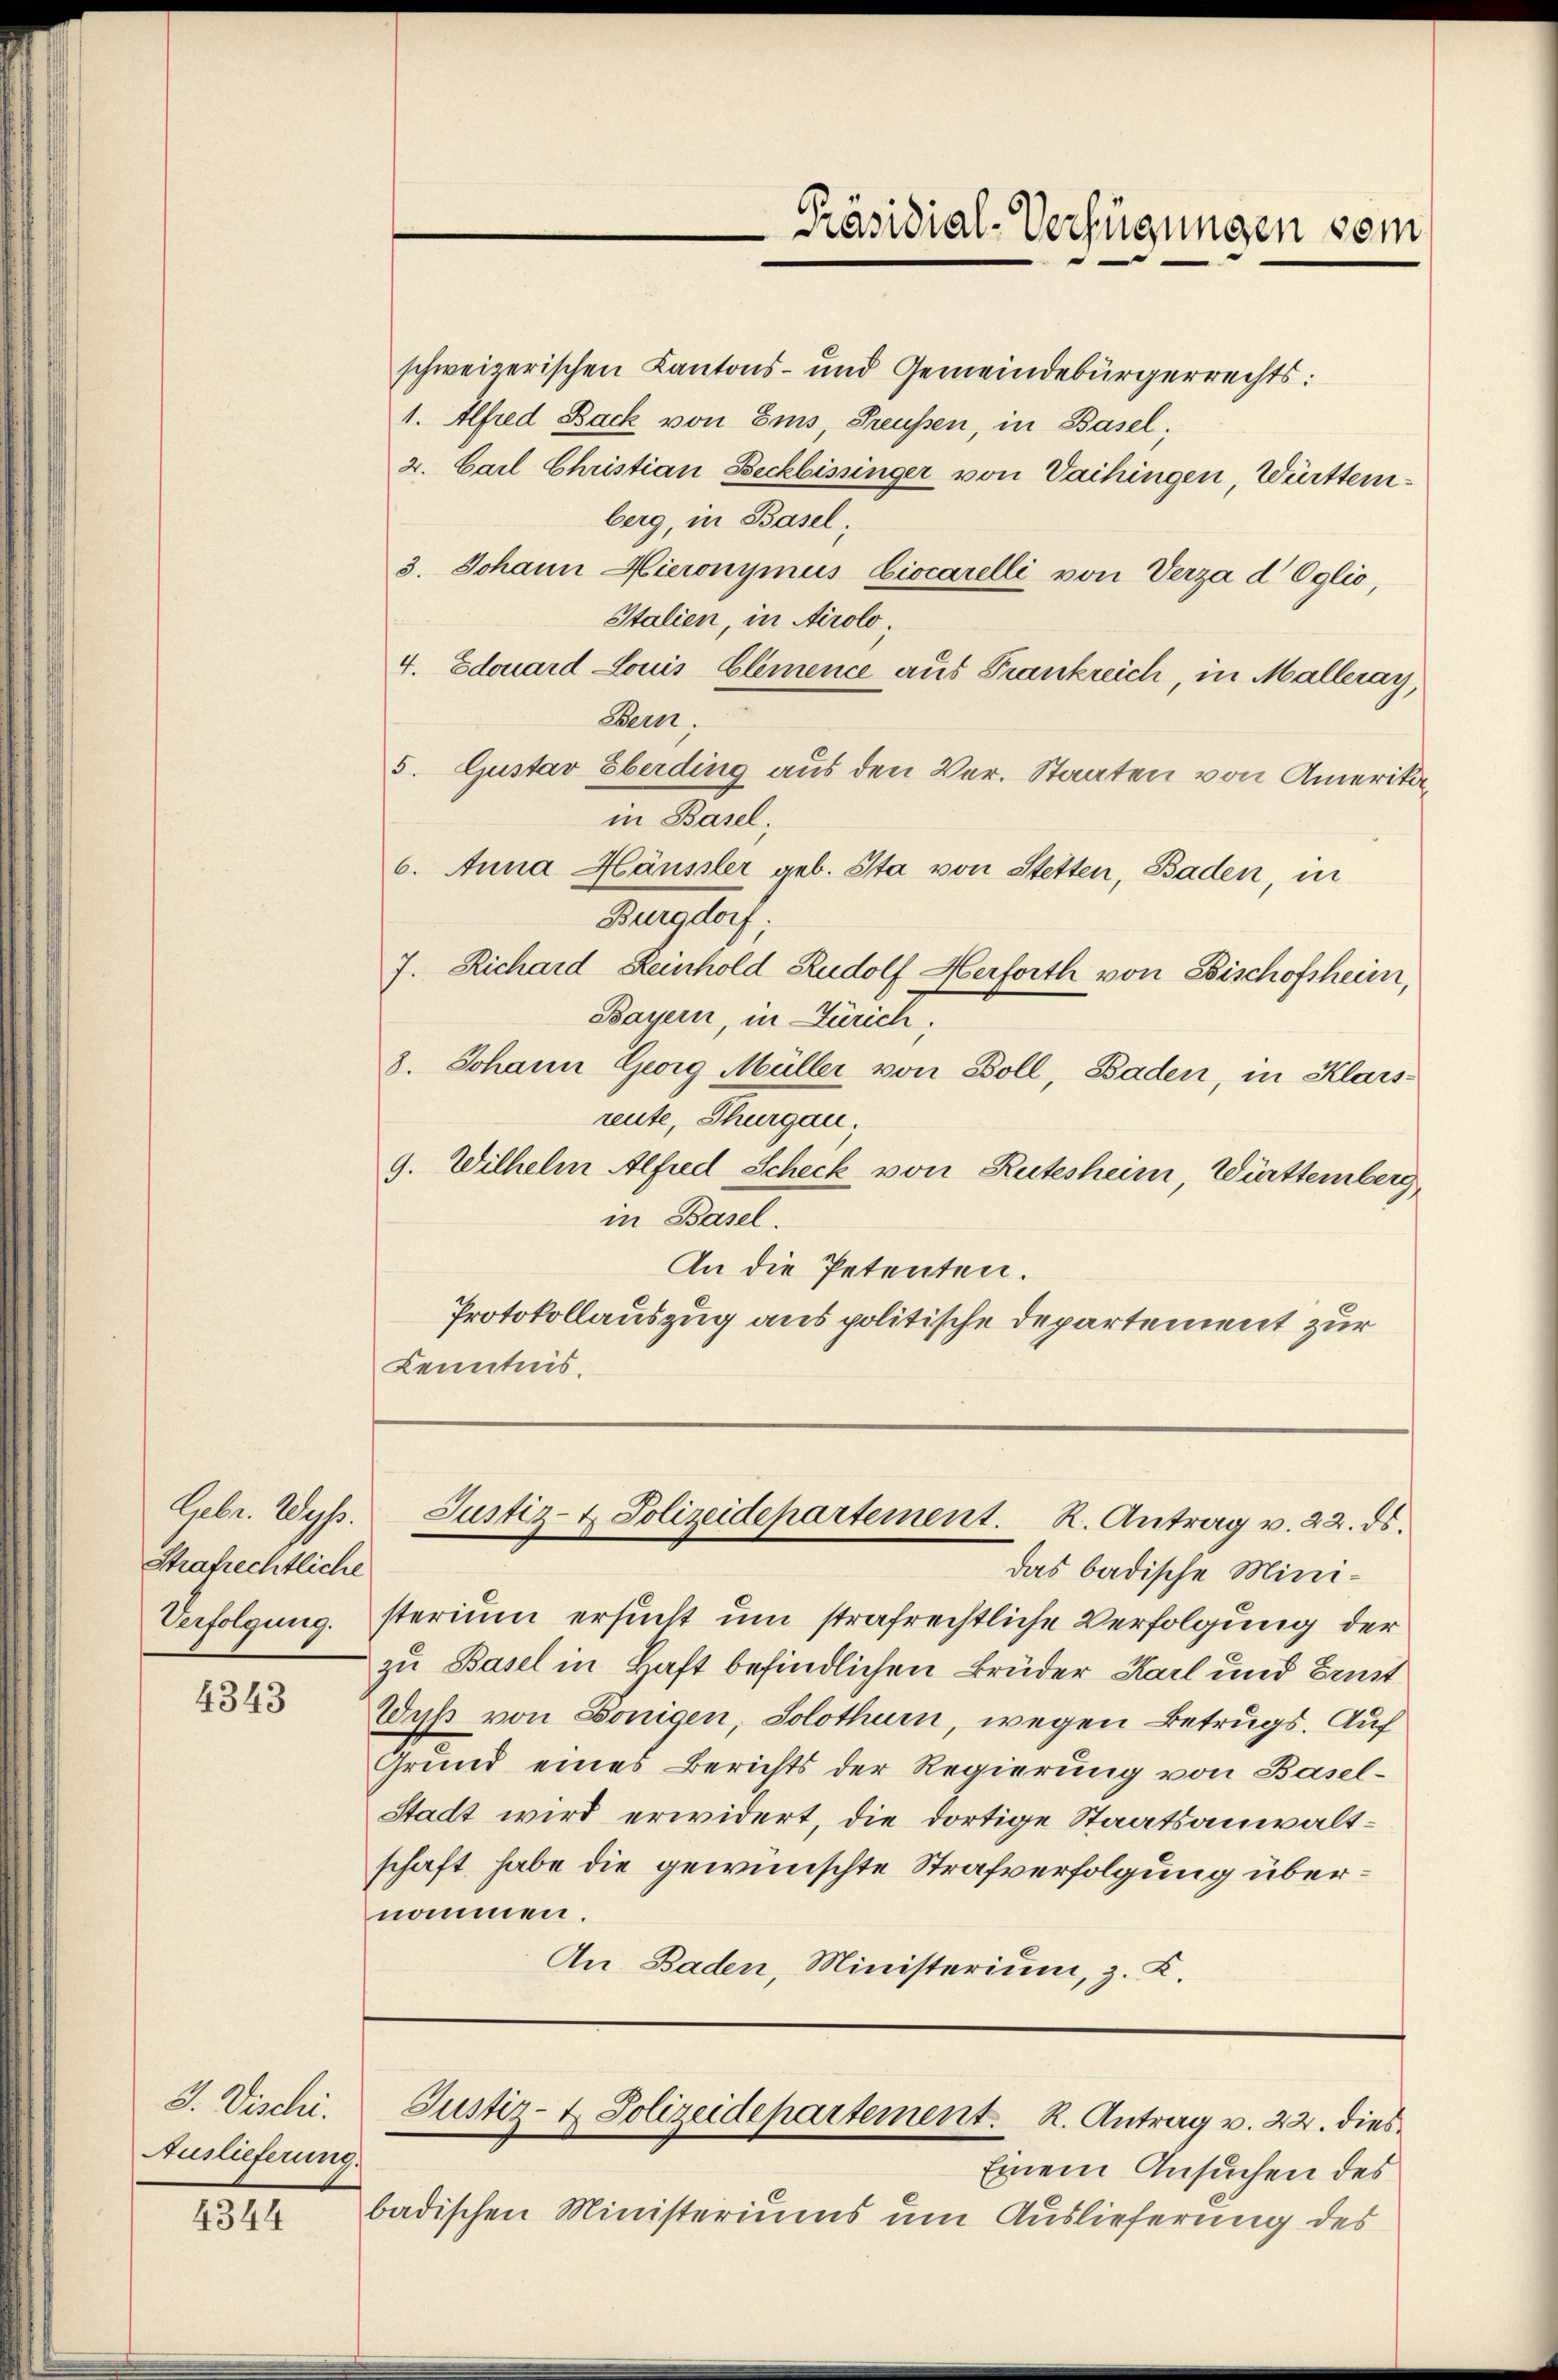
Strafrechtliche
Verfolgung.

4343

J. Vischi.
Auslieferung.

4344

das badische Ministerium ersucht um strafrechtliche Verfolgung der
zu Basel in Haft befindlichen Brüder Karl und Brust
Wyß von Königen, Solothurn, wegen Betrugs. Auf
Grund eines Berichts der Regierung von Basel-
Stadt wird erwidert, die dortige Staatsanwaltschaft habe die gewünschte Strafverfolgung übernommen.
An Baden, Ministerium, z. K.

schweizerischen Kantons- und Gemeindebürgerrechts:
1. Alfred Back von Ems, Preußen, in Basel;
2. Carl Christian Beckbissinger von Vaihingen Württemberg, in Basel,
3. Johann Hieronymus Ciocarelli von Verza d Oglio,
Italien, in Airolo,
4. Edouard Louis Elemence aus Frankreich, in Malleray,
Bern.
5. Gustav Eberding aus den Ver. Staaten von Amerikain Basel;
6. Anna Häusler geb. Sta von Stetten, Baden, in
Krstorf,
7. Richard Reinhold Rudolf Herforth von Bischofsheim,
Bayern, in Zürich,
8. Johann Georg Müller von Boll, Baden, in Klaisreute, Thurgau,
9. Wilhelm Alfred Scheck von Rutesheim, Württemberg
in Basel.
An die Petenten.
Protokollauszug aus politische Departement zur
Kenntnis.

-Präsidial-Verfügungen vom

Einem Ansuchen des
badischen Ministeriums um Auslieferung des

Febr. Wyß. Justiz- & Polizeidepartement. R. Antrag v. 22. ds.

Justiz- & Polizeidepartement. R. Antrag v. 22. dies